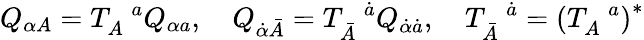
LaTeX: Q_{\alpha A}=T_{A}^{\, \, \, \, a}Q_{\alpha a},\quad Q_{\dot{\alpha}\bar{A}}=T_{\bar{A}}^{\, \, \, \, \dot{a}}Q_{\dot{\alpha}\dot{a}},\quad T_{\bar{A}}^{\, \, \, \, \dot{a}}=\left(T_{A}^{\, \, \, \, a}\right)^{*}